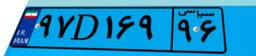
۹۷D۱۶۹۹۶